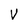
Character: V